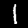
Label: 1